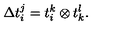
\Delta t _ { i } ^ { j } = t _ { i } ^ { k } \otimes t _ { k } ^ { l } .